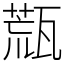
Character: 㼹